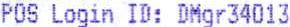
POS LOGIN ID: DMGR34013